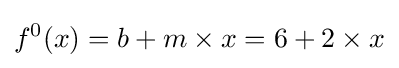
f^{0}(x)=b+m\times x=6+2\times x